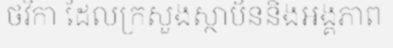
ថវិកា ដែលក្រសួងស្ថាប័ននិងអង្គភាព